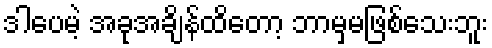
ဒါပေမဲ့ အခုအချိန်ထိတော့ ဘာမှမဖြစ်သေးဘူး